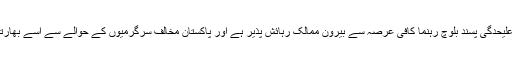
براہمداخ بگتی کے حوالے سے بتادیں کہ یہ علیحدگی پسند بلوچ رہنما کافی عرصہ سے بیرون ممالک رہائش پذیر ہے اور پاکستان مخالف سرگرمیوں کے حوالے سے اسے بھارتی حلقوں میں اچھی خاصی پذیرائی ملتی ہے ۔